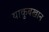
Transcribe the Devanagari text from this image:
याकुबखान